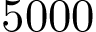
5 0 0 0